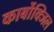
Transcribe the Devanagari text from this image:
कार्बोक्जिल